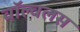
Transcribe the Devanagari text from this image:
वॉल्वलस